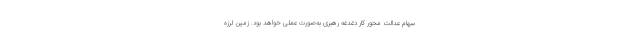
سهام عدالت محور کار دغدغه رهبری به‌صورت عملی خواهد بود. زمین لرزه‌